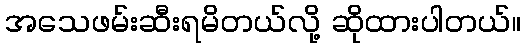
အသေဖမ်းဆီးရမိတယ်လို့ ဆိုထားပါတယ်။